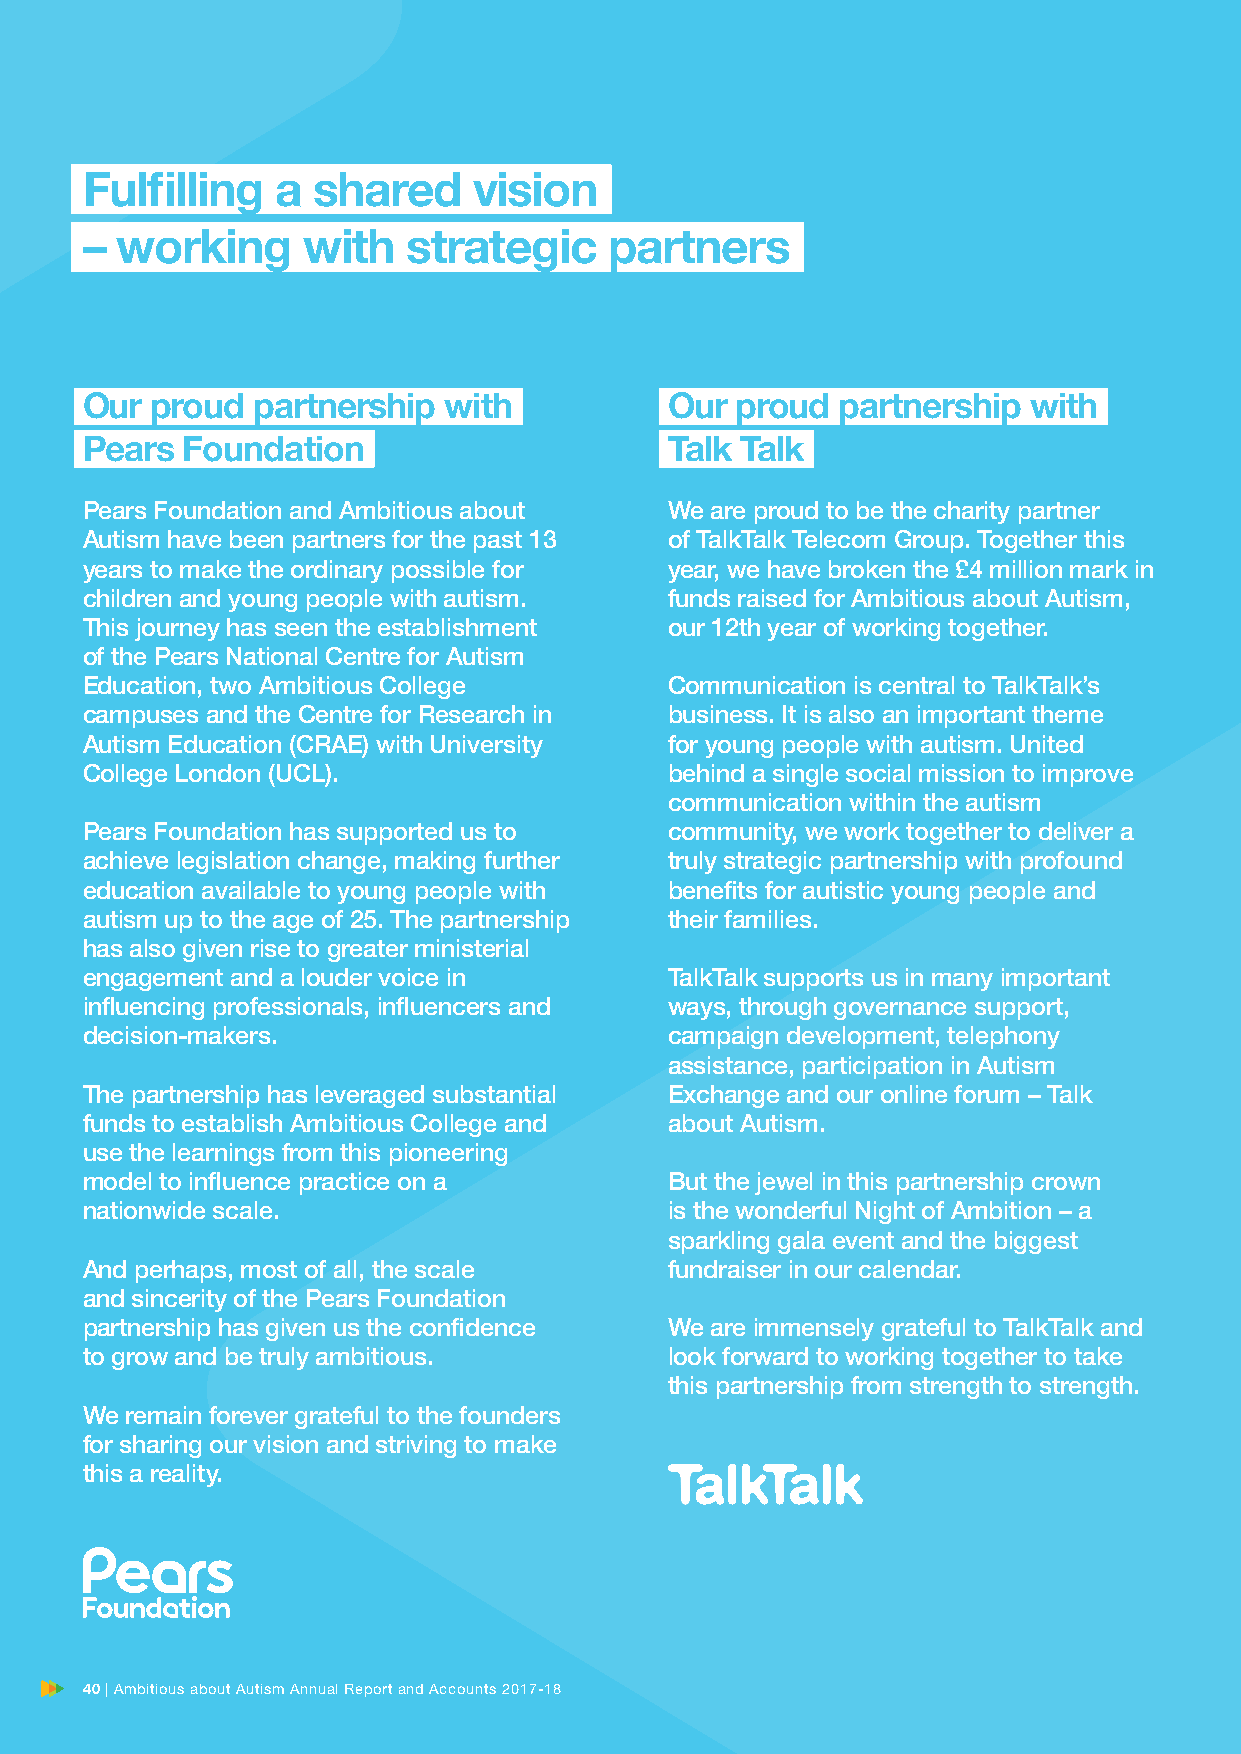
Fulfilling   a  shared    vision
 –  working     with   strategic    partners
 Our  proud  partnership with           Our  proud partnership  with
 Pears  Foundation                      Talk Talk
 Pears Foundation and Ambitious about   We are proud to be the charity partner
 Autism have been partners for the past 13 of TalkTalk Telecom Group. Together this
 years to make the ordinary possible for year, we have broken the £4 million mark in
 children and young people with autism. funds raised for Ambitious about Autism,
 This journey has seen the establishment our 12th year of working together.
 of the Pears National Centre for Autism
 Education, two Ambitious College       Communication is central to TalkTalk’s
 campuses and the Centre for Research in business. It is also an important theme
 Autism Education (CRAE) with University for young people with autism. United
 College London (UCL).                  behind a single social mission to improve
 communication within the autism
 Pears Foundation has supported us to   community, we work together to deliver a
 achieve legislation change, making further truly strategic partnership with profound
 education available to young people with benefits for autistic young people and
 autism up to the age of 25. The partnership their families.
 has also given rise to greater ministerial
 engagement and a louder voice in       TalkTalk supports us in many important
 influencing professionals, influencers and ways, through governance support,
 decision-makers.                       campaign development, telephony
 assistance, participation in Autism
 The partnership has leveraged substantial Exchange and our online forum – Talk
 funds to establish Ambitious College and about Autism.
 use the learnings from this pioneering
 model to influence practice on a       But the jewel in this partnership crown
 nationwide scale.                      is the wonderful Night of Ambition – a
 sparkling gala event and the biggest
 And perhaps, most of all, the scale    fundraiser in our calendar.
 and sincerity of the Pears Foundation
 partnership has given us the confidence We are immensely grateful to TalkTalk and
 to grow and be truly ambitious.        look forward to working together to take
 this partnership from strength to strength.
 We remain forever grateful to the founders
 for sharing our vision and striving to make
 this a reality.
 4400 || AAmmbbiittiioouuss aabboouutt AAuuttiissmm AAnnnnuuaall RReeppoorrtt aanndd AAccccoouunnttss 22001177–-1188